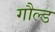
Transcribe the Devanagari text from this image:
गौल्ड